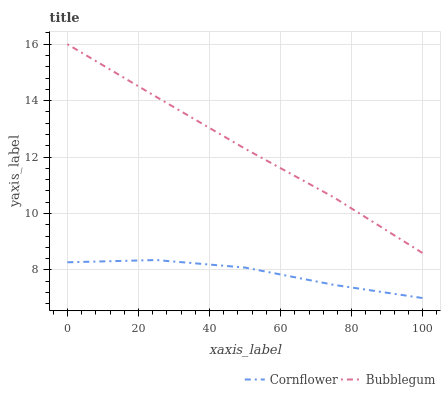
| xaxis_label | Cornflower | Bubblegum |
 | --- | --- | --- |
 | 0 | 8.27 | 16 |
 | 25 | 8.35 | 14.1 |
 | 50 | 8.08 | 12.3 |
 | 75 | 7.47 | 10.6 |
 | 100 | 7 | 8.59 |